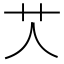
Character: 𦫸